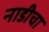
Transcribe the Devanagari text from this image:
नाडीचा